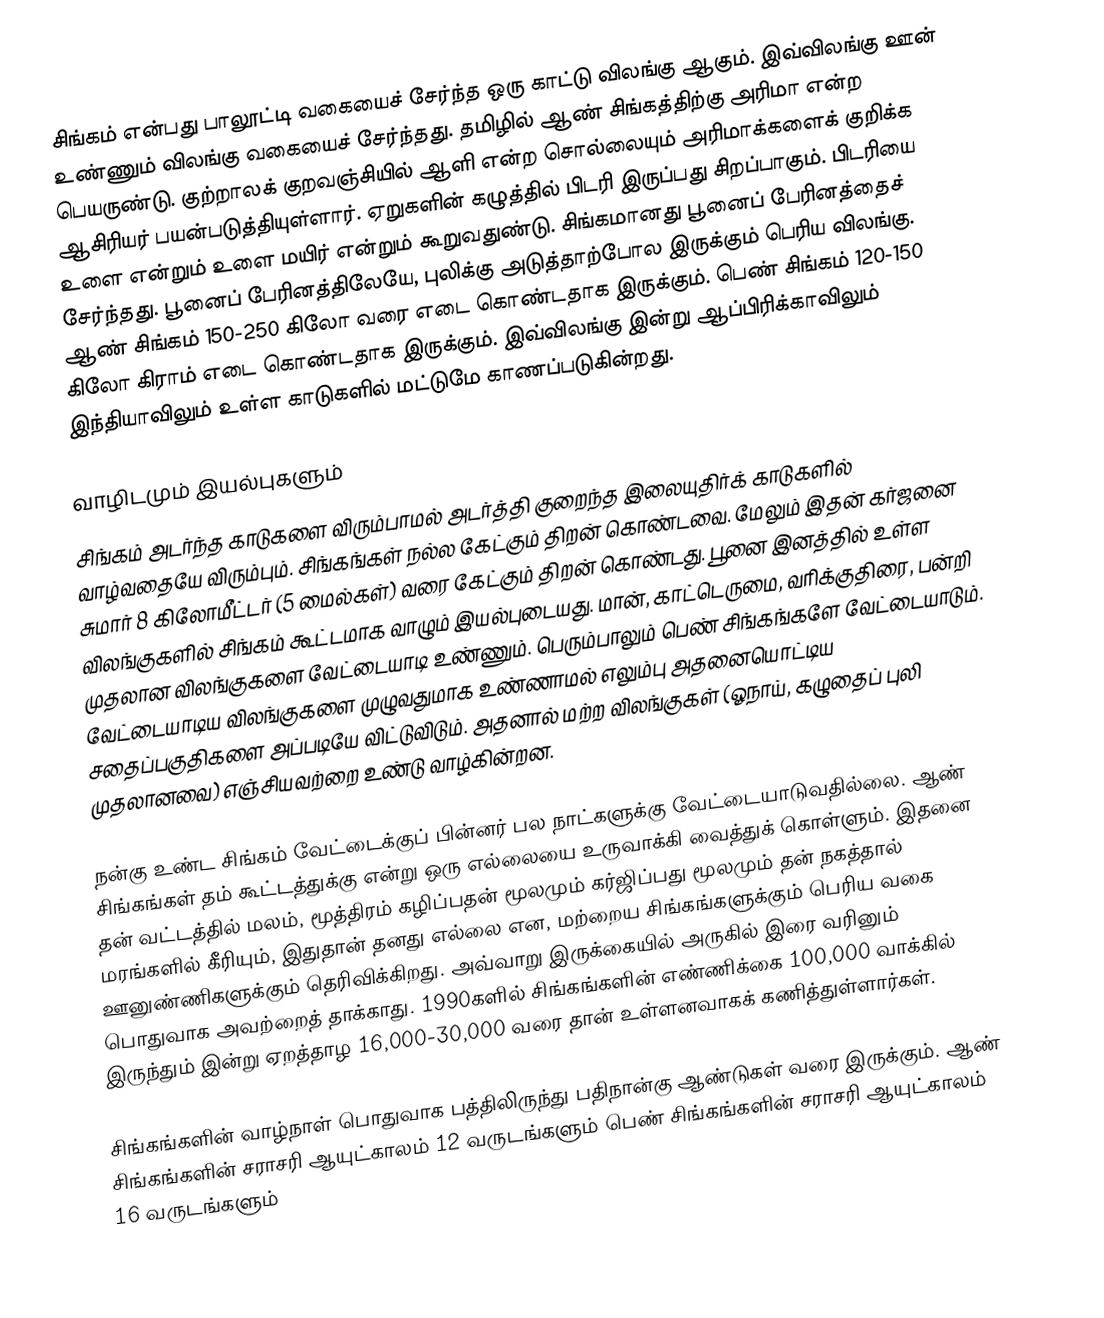
சிங்கம் என்பது பாலூட்டி வகையைச் சேர்ந்த ஒரு காட்டு விலங்கு ஆகும். இவ்விலங்கு ஊன் உண்ணும் விலங்கு வகையைச் சேர்ந்தது. தமிழில் ஆண் சிங்கத்திற்கு அரிமா என்ற பெயருண்டு. குற்றாலக் குறவஞ்சியில் ஆளி என்ற சொல்லையும் அரிமாக்களைக் குறிக்க ஆசிரியர் பயன்படுத்தியுள்ளார். ஏறுகளின் கழுத்தில் பிடரி இருப்பது சிறப்பாகும். பிடரியை உளை என்றும் உளை மயிர் என்றும் கூறுவதுண்டு. சிங்கமானது பூனைப் பேரினத்தைச் சேர்ந்தது. பூனைப் பேரினத்திலேயே, புலிக்கு அடுத்தாற்போல இருக்கும் பெரிய விலங்கு. ஆண் சிங்கம் 150-250 கிலோ வரை எடை கொண்டதாக இருக்கும். பெண் சிங்கம் 120-150 கிலோ கிராம் எடை கொண்டதாக இருக்கும். இவ்விலங்கு இன்று ஆப்பிரிக்காவிலும் இந்தியாவிலும் உள்ள காடுகளில் மட்டுமே காணப்படுகின்றது.

வாழிடமும் இயல்புகளும்
சிங்கம் அடர்ந்த காடுகளை விரும்பாமல் அடர்த்தி குறைந்த இலையுதிர்க் காடுகளில் வாழ்வதையே விரும்பும். சிங்கங்கள் நல்ல கேட்கும் திறன் கொண்டவை. மேலும் இதன் கர்ஜனை சுமார் 8 கிலோமீட்டர் (5 மைல்கள்) வரை கேட்கும் திறன் கொண்டது. பூனை இனத்தில் உள்ள விலங்குகளில் சிங்கம் கூட்டமாக வாழும் இயல்புடையது. மான், காட்டெருமை, வரிக்குதிரை, பன்றி முதலான விலங்குகளை வேட்டையாடி உண்ணும். பெரும்பாலும் பெண் சிங்கங்களே வேட்டையாடும். வேட்டையாடிய விலங்குகளை முழுவதுமாக உண்ணாமல் எலும்பு அதனையொட்டிய சதைப்பகுதிகளை அப்படியே விட்டுவிடும். அதனால் மற்ற விலங்குகள் (ஓநாய், கழுதைப் புலி முதலானவை) எஞ்சியவற்றை உண்டு வாழ்கின்றன.

நன்கு உண்ட சிங்கம் வேட்டைக்குப் பின்னர் பல நாட்களுக்கு வேட்டையாடுவதில்லை. ஆண் சிங்கங்கள் தம் கூட்டத்துக்கு என்று ஒரு எல்லையை உருவாக்கி வைத்துக் கொள்ளும். இதனை தன் வட்டத்தில் மலம், மூத்திரம் கழிப்பதன் மூலமும் கர்ஜிப்பது மூலமும் தன் நகத்தால் மரங்களில் கீரியும், இதுதான் தனது எல்லை என, மற்றைய சிங்கங்களுக்கும் பெரிய வகை ஊனுண்ணிகளுக்கும் தெரிவிக்கிறது. அவ்வாறு இருக்கையில் அருகில் இரை வரினும் பொதுவாக அவற்றைத் தாக்காது. 1990களில் சிங்கங்களின் எண்ணிக்கை 100,000 வாக்கில் இருந்தும் இன்று ஏறத்தாழ 16,000-30,000 வரை தான் உள்ளனவாகக் கணித்துள்ளார்கள்.

சிங்கங்களின் வாழ்நாள் பொதுவாக பத்திலிருந்து பதிநான்கு ஆண்டுகள் வரை இருக்கும். ஆண் சிங்கங்களின் சராசரி ஆயுட்காலம் 12 வருடங்களும் பெண் சிங்கங்களின் சராசரி ஆயுட்காலம் 16 வருடங்களும்